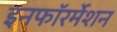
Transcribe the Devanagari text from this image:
इनफॉरर्मेशन